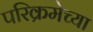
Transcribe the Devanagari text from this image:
परिक्रमेच्या